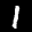
Label: 1